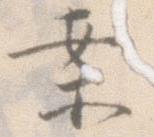
案